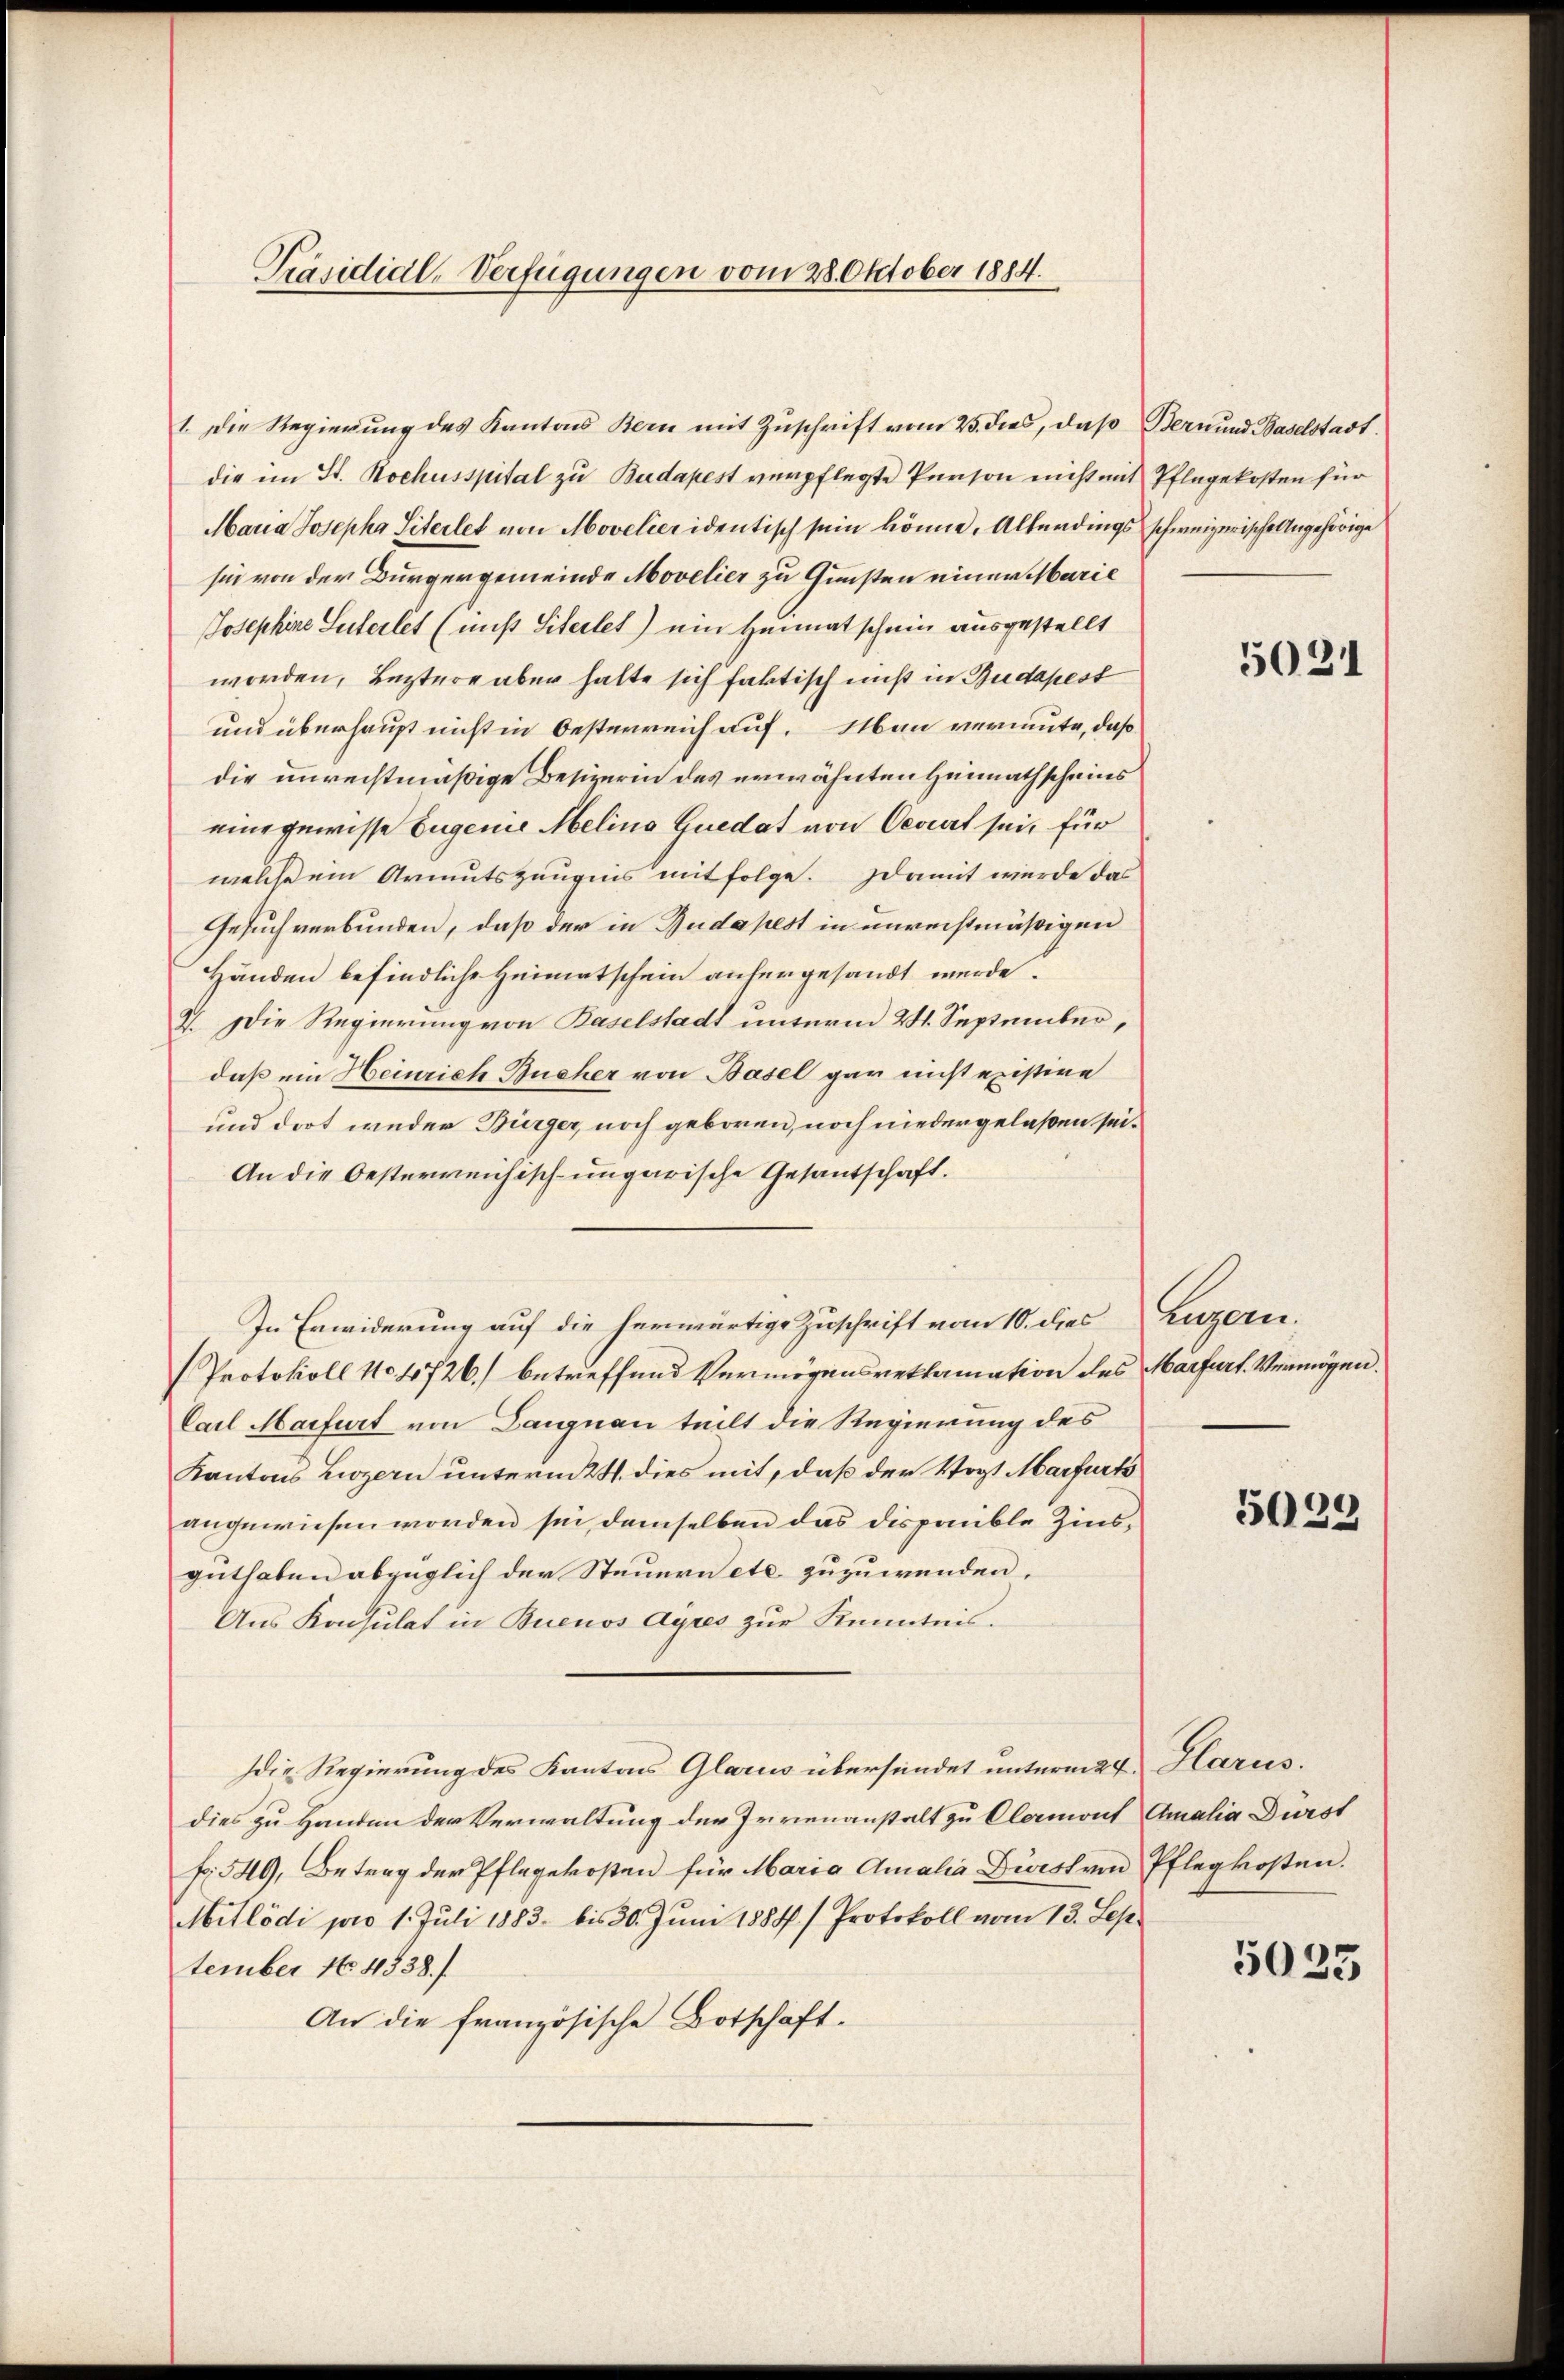
Präsidial-Verfügungen vom 28. Oktober 1884.

1. Die Regierung des Kantons Bern mit Zuschrift vom 25. dies, daß Bern und Baselstadt.
die im St. Kochusspital zu Budapest verpflegte Person nicht mit Pflegekosten für
Maria Josepha Siterlet von Movelier identisch sein könne. Allerdings schweizerische Angehörige
sie von der Bürgergemeinde Movelier zu Gunsten einer Marie
Josephine Suterlet (miß Literlet) ein Heimatschein ausgestellt
worden, Leztere aber halte sich faktisch nicht in Budapest
und überhaupt nicht in Oesterreich auf. Man vermute, daß
die unrechtmäßige Besizerin des erwähnten Heimathscheins
eine gewisse Jugenie Melins Quedat von Oeviert sei, für
welche ein Armutszeugnis mit folge. Damit wurde das
Gesuch verbunden, daß der in Budapest in unrechtmäßigen
Händen befindliche Heimatschein anhergesandt werde.
7. Die Regierung von Baselstadt unterm 24. September,
daß ein Heinrich Bucher von Basel gar nicht existire
und dort weder Bürger, noch geboren, noch niedergelaßen sei¬
An die besterreichisch-ungarische Gesandtschaft.
In Erwiderung auf die herwärtige Zuschrift vom 10. dies Luzern.
Protokoll No. 1726) betreffend Vermögensreklamation des Marfurt. Vermögen.
Carl Marfurt von Langnau teilt die Regierung des
Kantons Luzern unterm 24. dies mit, daß der Vogt Marfurts
angewiesen worden sei, demselben das disponible Zinsguthaben abzüglich der Steuern etc. zuzuwenden,
Aus Konsulat in Buenos Ayres zur Kenntnis.
die Regierung des Kantons Glarus übersendet unterm 24. Harus.
dies zu Handen der Verwaltung der Irrenanstalt zu Clermont Amalia Dürst
f. 549, Betrag der Pflegekosten für Maria Amalia Divist von Pflegkosten.
Mitlödi pro 1. Juli 1883 bis 30. Juni 1888. / Protokoll vom 13. September No. 4538./
An die französische Botschäft.

5021

5039

5025